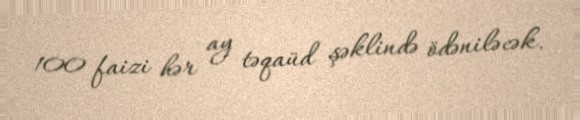
100 faizi hər ay təqaüd şəklində ödəniləcək.